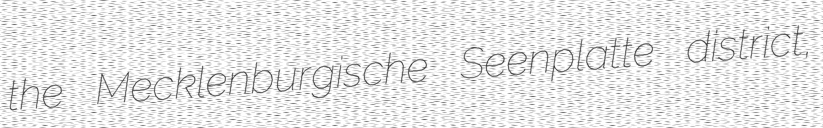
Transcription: the Mecklenburgische Seenplatte district,